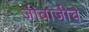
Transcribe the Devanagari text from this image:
जीवाजीचे